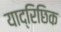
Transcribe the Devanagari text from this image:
याद्रिछिक